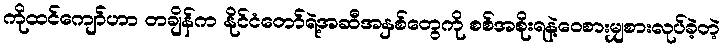
ကိုထင်ကျော်ဟာ တချိန်က နိုင်ငံတော်ရဲ့အဆီအနှစ်တွေကို စစ်အစိုးရနဲ့ဝေစားမျှစားလုပ်ခဲ့တဲ့